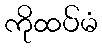
ကိုထပ်မံ